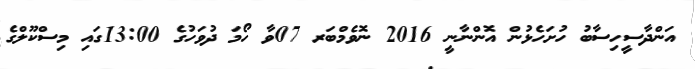
އަންދާސީހިސާބު ހުށަހެޅުން އޮންނާނީ 2016 ނޮވެމްބަރ 07ވާ ހޯމަ ދުވަހުގެ 13:00ގައި މިސްކޫލްގެ